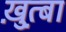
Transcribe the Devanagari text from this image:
ख़ुत़्बा